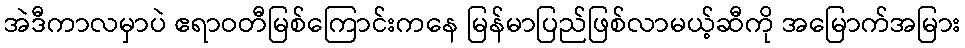
အဲဒီကာလမှာပဲ ဧရာဝတီမြစ်ကြောင်းကနေ မြန်မာပြည်ဖြစ်လာမယ့်ဆီကို အမြောက်အမြား